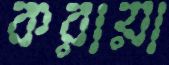
করায়া